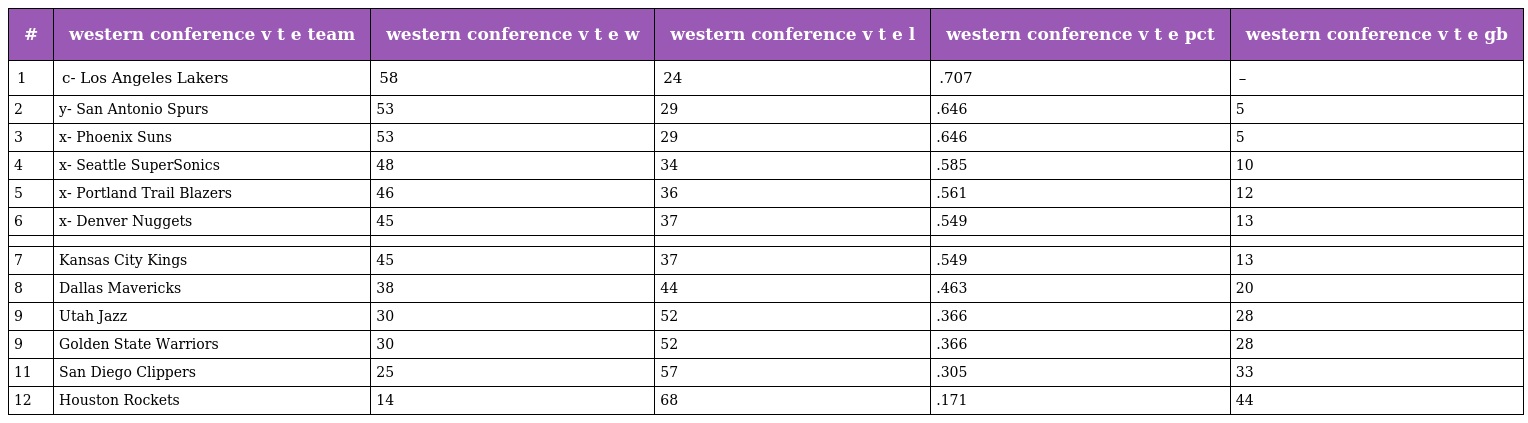
| # | western conference v t e team | western conference v t e w | western conference v t e l | western conference v t e pct | western conference v t e gb |
 | --- | --- | --- | --- | --- | --- |
 | 1 | c- Los Angeles Lakers | 58 | 24 | .707 | – |
 | 2 | y- San Antonio Spurs | 53 | 29 | .646 | 5 |
 | 3 | x- Phoenix Suns | 53 | 29 | .646 | 5 |
 | 4 | x- Seattle SuperSonics | 48 | 34 | .585 | 10 |
 | 5 | x- Portland Trail Blazers | 46 | 36 | .561 | 12 |
 | 6 | x- Denver Nuggets | 45 | 37 | .549 | 13 |
 |  |  |  |  |  |  |
 | 7 | Kansas City Kings | 45 | 37 | .549 | 13 |
 | 8 | Dallas Mavericks | 38 | 44 | .463 | 20 |
 | 9 | Utah Jazz | 30 | 52 | .366 | 28 |
 | 9 | Golden State Warriors | 30 | 52 | .366 | 28 |
 | 11 | San Diego Clippers | 25 | 57 | .305 | 33 |
 | 12 | Houston Rockets | 14 | 68 | .171 | 44 |